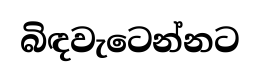
බිඳවැටෙන්නට